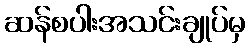
ဆန်စပါးအသင်းချုပ်မှ